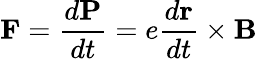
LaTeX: \mathbf{F}=\frac{d\mathbf{P}}{dt}=e\frac{d\mathbf{r}}{dt}\times\mathbf{B}